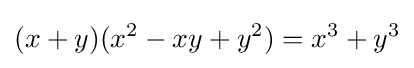
(x+y)(x^{2}-xy+y^{2})=x^{3}+y^{3}